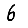
Digit: 6